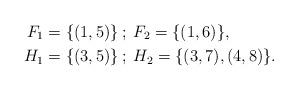
LaTeX: \begin{align*}F_1 &= \{(1,5)\}\:; \: F_2=\{(1,6) \}, \\H_1 &= \{(3,5)\}\:; \: H_2 = \{(3,7), (4,8)\}.\end{align*}